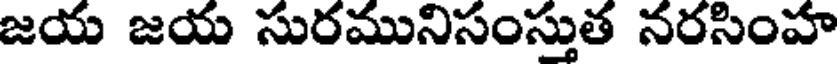
జయ జయ సురమునిసంస్తుత నరసింహ